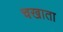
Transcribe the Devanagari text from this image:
चखाता